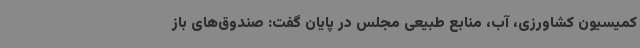
کمیسیون کشاورزی، آب، منابع طبیعی مجلس در پایان گفت: صندوق‌های باز